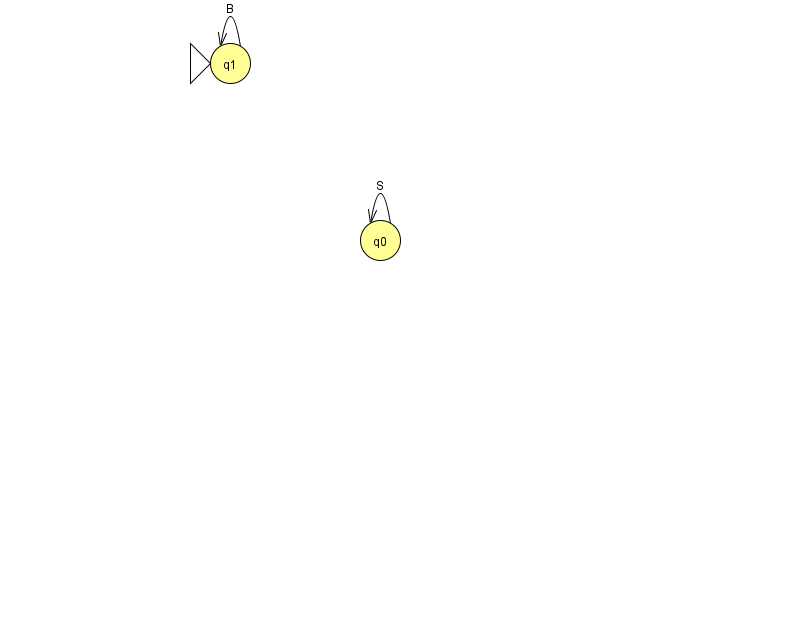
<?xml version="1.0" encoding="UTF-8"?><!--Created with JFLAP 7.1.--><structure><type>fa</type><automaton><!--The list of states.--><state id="0" name="q0"><x>380.0</x><y>227.0</y></state><state id="1" name="q1"><x>230.0</x><y>50.0</y><initial/></state><!--The list of transitions.--><transition><from>1</from><to>1</to><read>B</read></transition><transition><from>0</from><to>0</to><read>S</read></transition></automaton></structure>